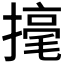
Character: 𢴅